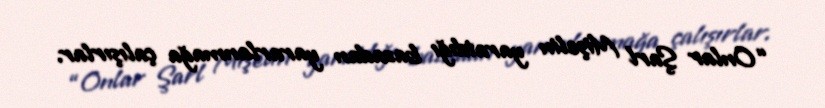
“Onlar Şarl Mişelin yaratdığı bazadan yararlanmağa çalışırlar.